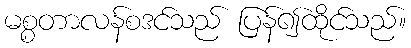
မစ္စတာလန်စဒင်သည် ပြန်၍ထိုင်သည်။